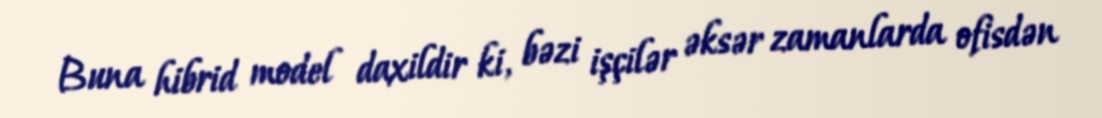
Buna hibrid model daxildir ki, bəzi işçilər əksər zamanlarda ofisdən